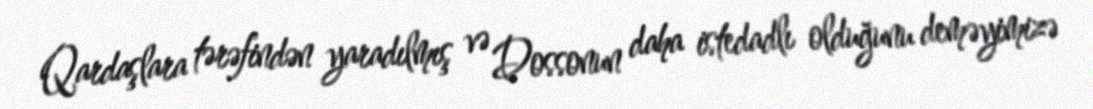
Qardaşlara tərəfindən yaradılmış və Dossonun daha istedadlı olduğunu deməyimizə